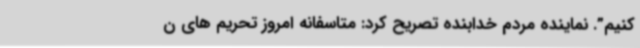
کنیم”. نماینده مردم خدابنده تصریح کرد: متاسفانه امروز تحریم های ن